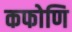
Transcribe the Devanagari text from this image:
कफोणि